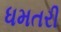
ધમતરી